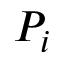
P _ { i }